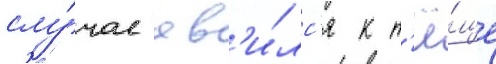
слу́чае яв'и́лс'я к т'ё́ще